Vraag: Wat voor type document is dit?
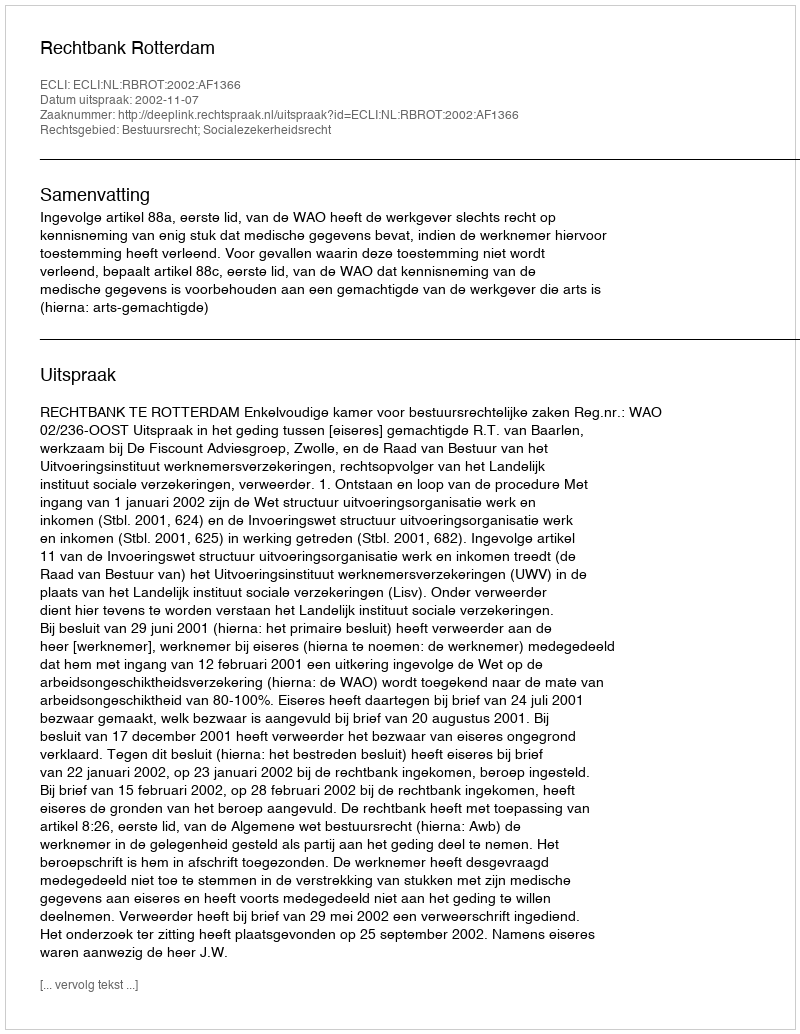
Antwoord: Uitspraak